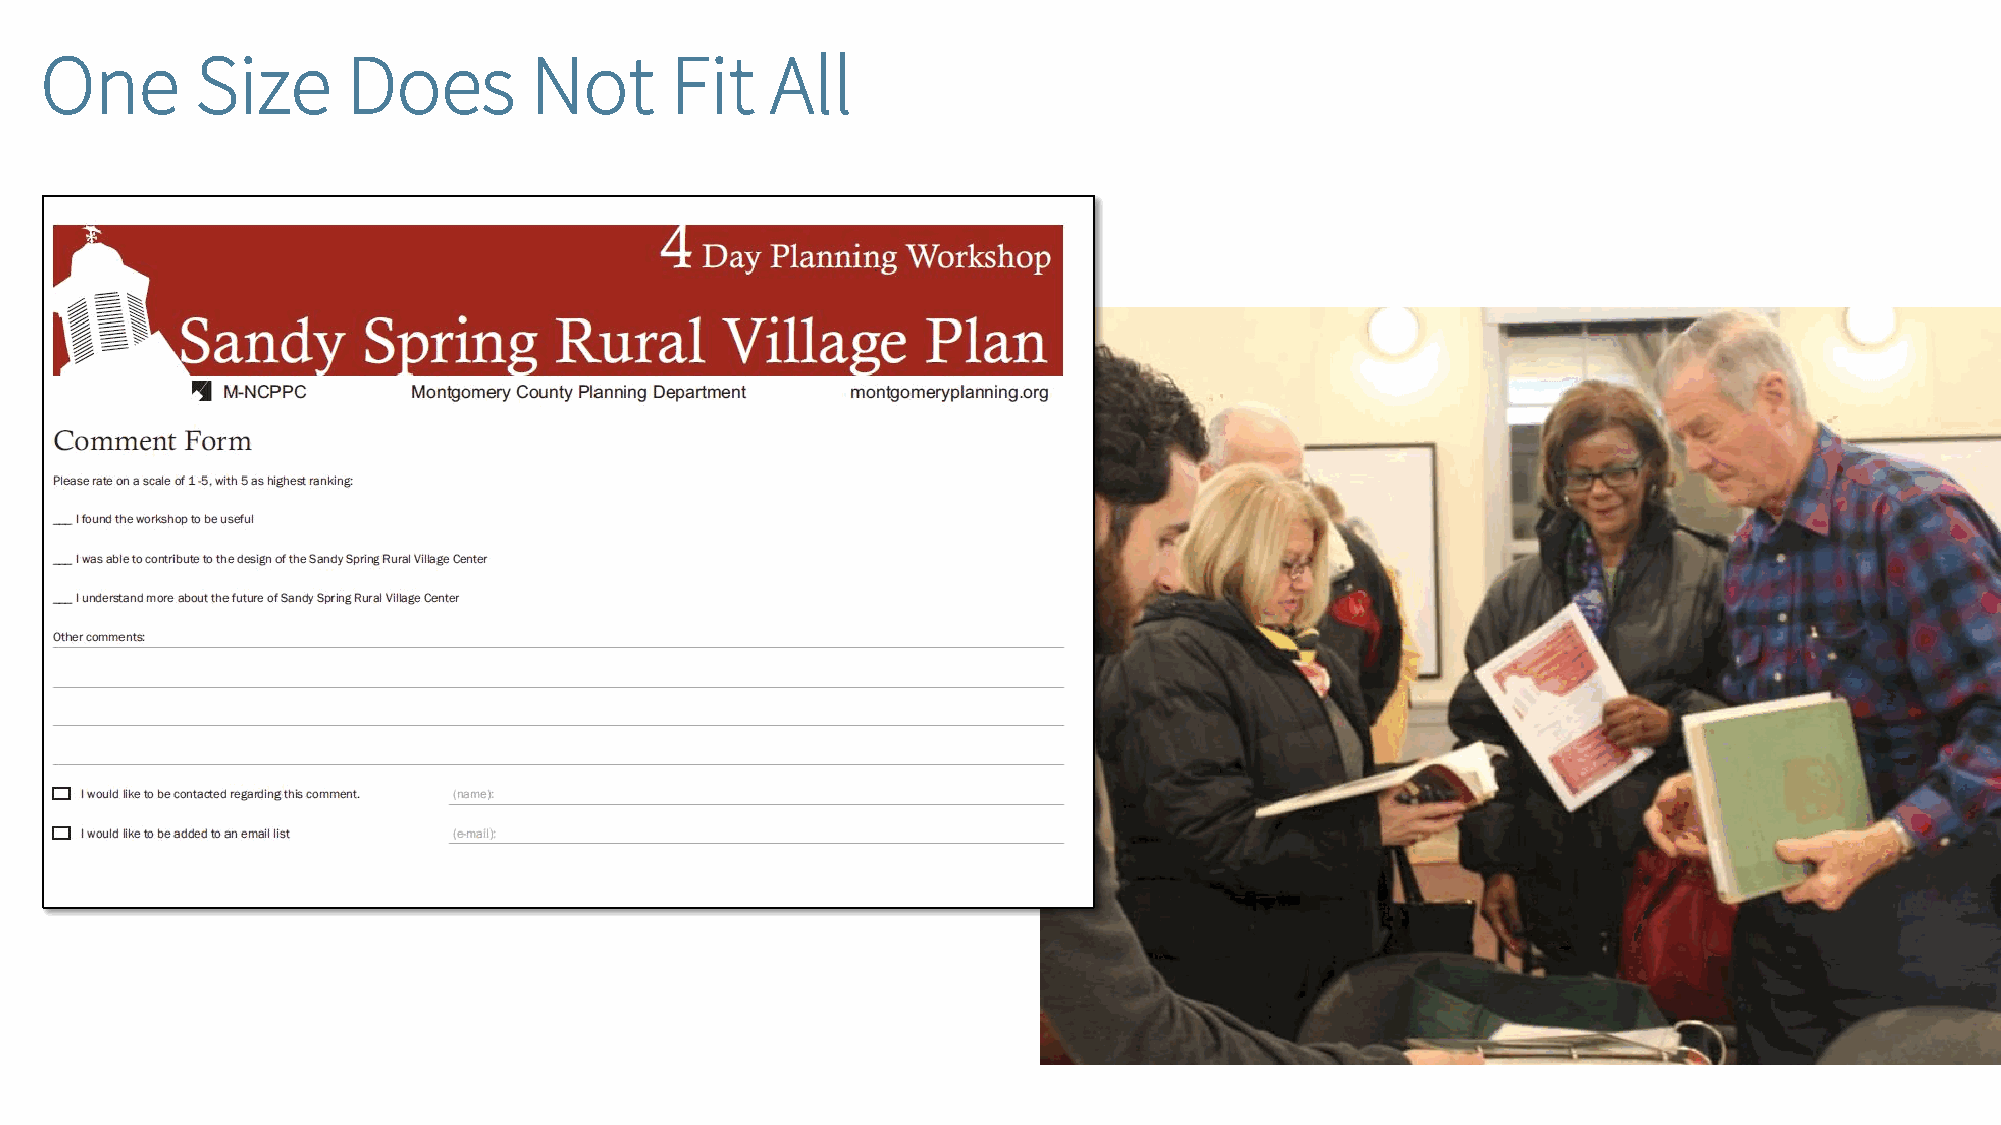
One       Size      Does        Not      Fit    All